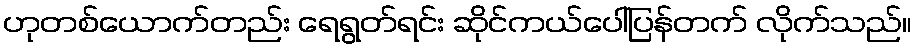
ဟုတစ်ယောက်တည်း ရေရွတ်ရင်း ဆိုင်ကယ်ပေါ်ပြန်တက် လိုက်သည်။